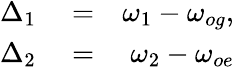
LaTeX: \begin{array}{rlr}{\Delta_{1}}&{{}=}&{\omega_{1}-\omega_{og},}\\ {\Delta_{2}}&{{}=}&{\omega_{2}-\omega_{oe}}\end{array}